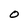
Character: O